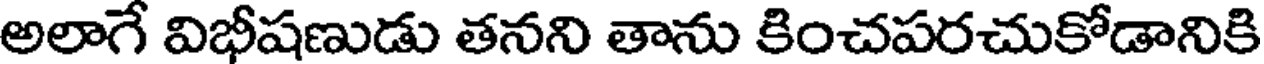
అలాగే విభీషణుడు తనని తాను కించపరచుకోడానికి